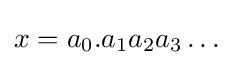
x=a_{0}.a_{1}a_{2}a_{3}\ldots \